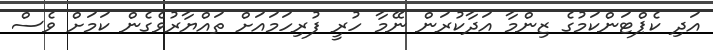
އަދިި ކެޕްޓަންކަމުގެ ޒިންމާ އަދާކުރަން ނޭމާ ހުރީ ފުރިހަމައަށް ތައްޔާރުވެގެން ކަމަށް ވެސް